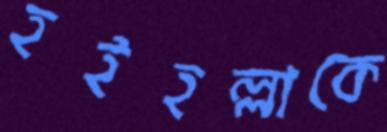
হইহল্লাকে